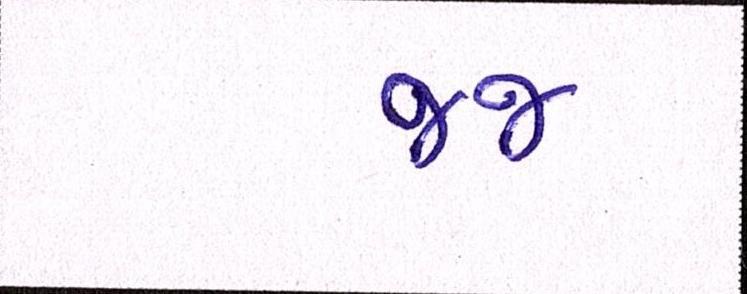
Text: જજ